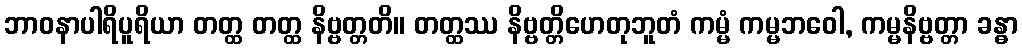
ဘာဝနာပါရိပူရိယာ တတ္ထ တတ္ထ နိဗ္ဗတ္တတိ။ တတ္ထဿ နိဗ္ဗတ္တိဟေတုဘူတံ ကမ္မံ ကမ္မဘဝေါ, ကမ္မနိဗ္ဗတ္တာ ခန္ဓာ